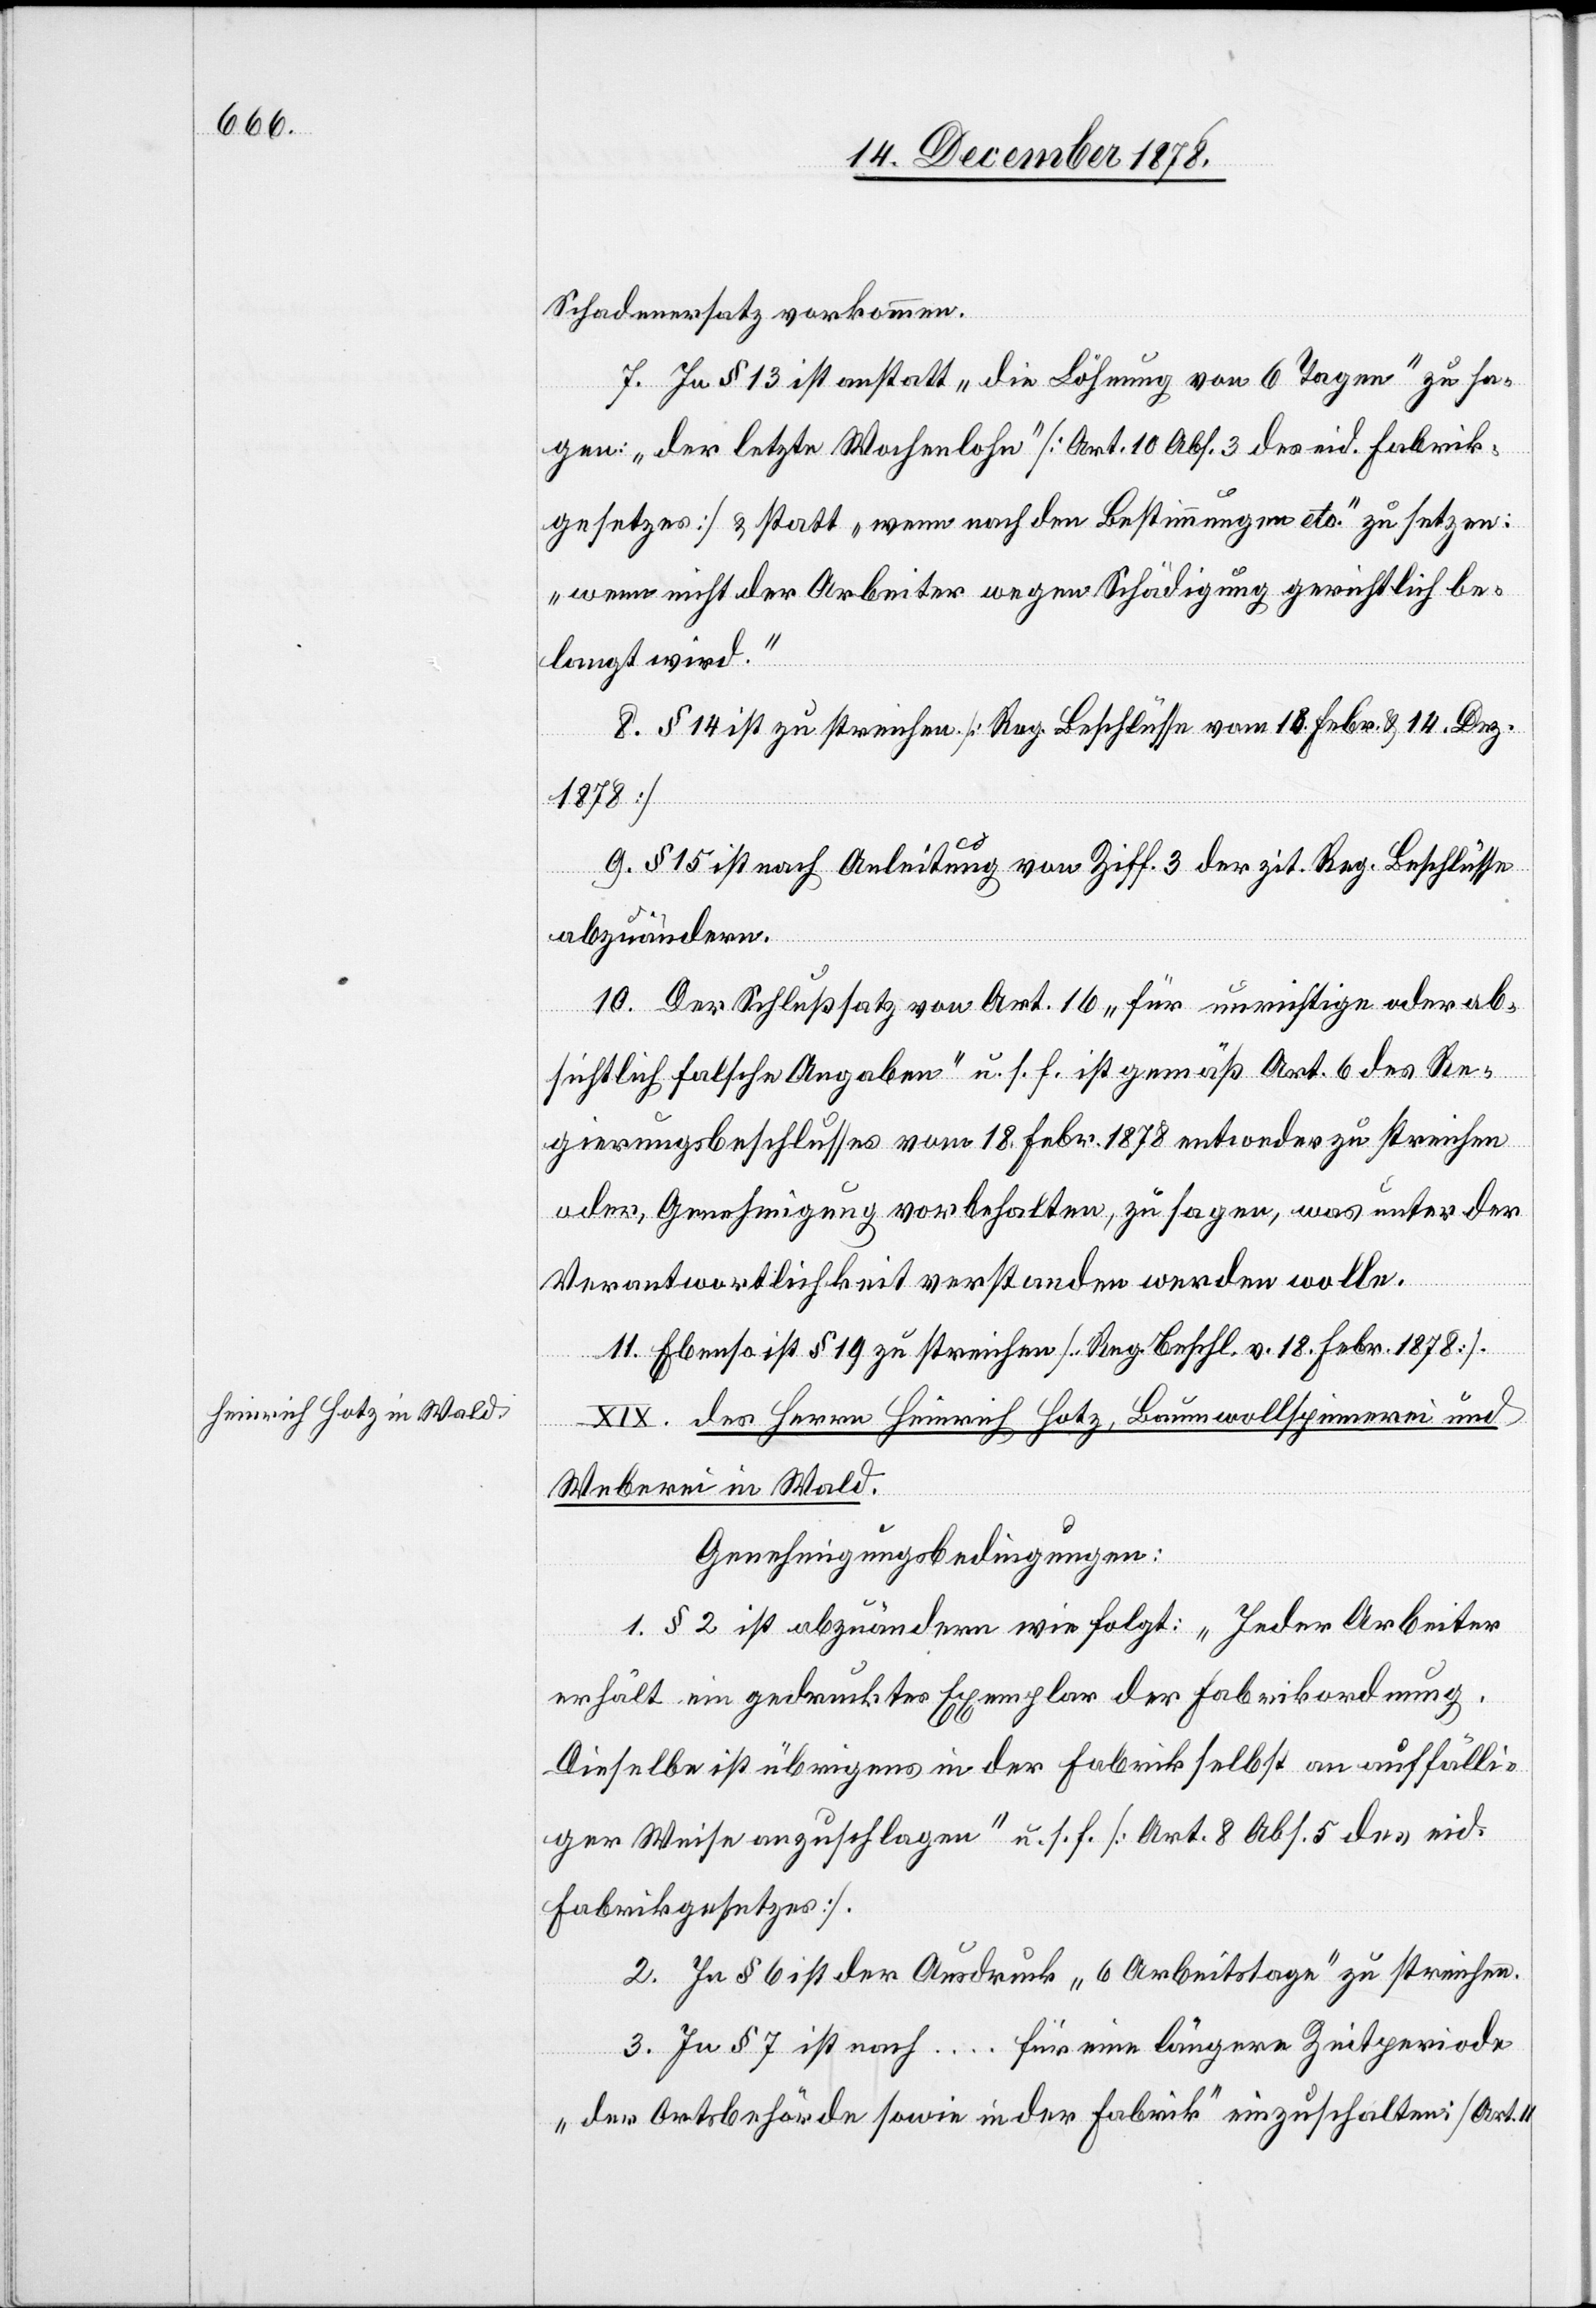
Schadenersatz vorkommen.
7. In § 13 ist anstatt „die Löhnung von 6 Tagen“ zu sa¬
gen: „der letzte Wochenlohn“ [Art. 10 Abs. 3 des eid. Fabrik¬
gesetzes] & statt „wenn nach den Bestimmungen etc.“ zu setzen:
„wenn nicht der Arbeiter wegen Schädigung gerichtlich be¬
langt wird.“
8. § 14 ist zu streichen [Reg. Beschlüsse vom 18. Febr. & 14. Dez.
1878].
9. § 15 ist nach Anleitung von Ziff. 3 der zit. Reg. Beschlüsse
abzuändern.
10. Der Schlußsatz von Art. 16 „für unrichtige oder ab¬
sichtlich falsche Angaben“ u. s. f. ist gemäß Art. 6 des Re¬
gierungsbeschlusses vom 18. Febr. 1878 entweder zu streichen
oder, Genehmigung vorbehalten, zu sagen, was unter der
Verantwortlichkeit verstanden werden wolle.
11. Ebenfalls ist § 19 zu streichen [Reg. Beschl. v. 18. Febr. 1878].
XIX. des Herrn Heinrich Hotz, Baumwollspinnerei und
Weberei in Wald.
Genehmigungsbedingungen:
1. § 2 ist abzuändern wie folgt: „Jeder Arbeiter
erhält ein gedrucktes Exemplar der Fabrikordnung.
Dieselbe ist übrigens in der Fabrik selbst an auffälli¬
ger Weise anzuschlagen“ u. s. f. [Art. 8 Abs. 5 des eid.
Fabrikgesetzes].
2. In § 6 ist der Ausdruck „6 Arbeitstage“ zu streichen.
3. In § 7 ist nach … für eine längere Zeitperiode
„der Ortsbehörde sowie in der Fabrik“ einzuschalten: [Art. 4